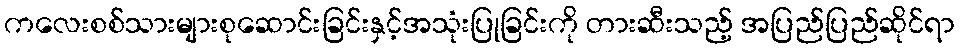
ကလေးစစ်သားများစုဆောင်းခြင်းနှင့်အသုံးပြုခြင်းကို တားဆီးသည့် အပြည်ပြည်ဆိုင်ရာ